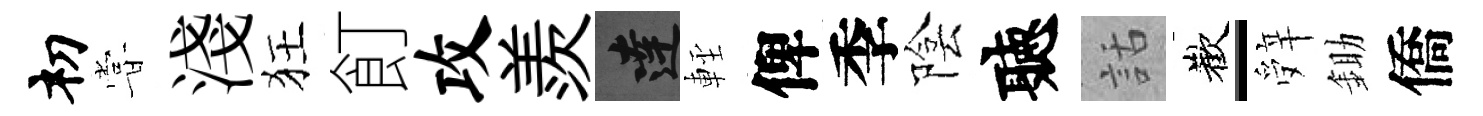
𥘉甞淺狂飣攻羨達䡖俾季陰聽話歡-辤鋤僑